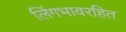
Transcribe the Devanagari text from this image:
लिंगभावरहित